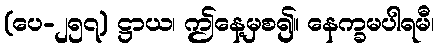
(ပေ-၂၅၇) ဋ္ဌာယ၊ ဤနေ့မှစ၍။ နေက္ခမပါရမီ၊